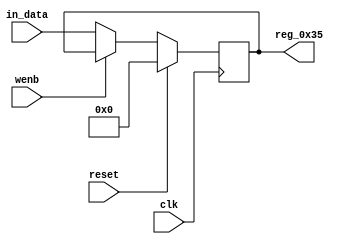
module r_RX_BUF_OBJ1_BYTE_1(output reg [7:0] reg_0x35, input wire reset, input wire wenb, input wire [7:0] in_data, input wire clk);
	always@(posedge clk)
	begin
		if(reset==0) begin
			if(wenb==0)
				reg_0x35<=in_data;
			else
				reg_0x35<=reg_0x35;
		end
		else
			reg_0x35<=8'h00;
	end
endmodule